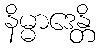
နိမ္မာဒေန္တိ